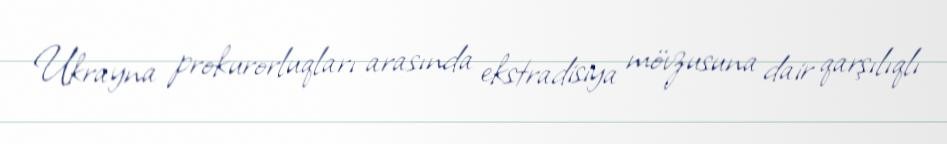
Ukrayna prokurorluqları arasında ekstradisiya mövzusuna dair qarşılıqlı